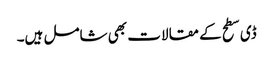
ڈی سطح کے مقالات بھی شامل ہیں۔